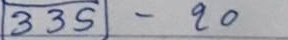
335 - 20